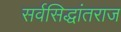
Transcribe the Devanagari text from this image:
सर्वसिद्धांतराज